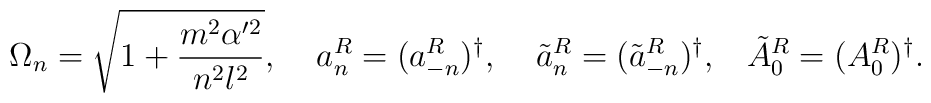
\Omega_n=\sqrt{1+\frac{m^2\alpha'^2}{n^2 l^2}},\;\;\;\;a^R_n=(a^R_{-n})^{\dag},\;\;\;\;\tilde{a}^R_n=(\tilde{a}^R_{-n})^{\dag},\;\;\;\tilde{A}^R_0=(A^R_0)^{\dag}.